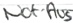
Text: Not-Aus